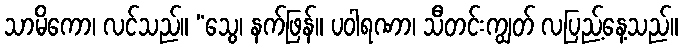
သာမိကော၊ လင်သည်။ “သွေ၊ နက်ဖြန်။ ပဝါရဏာ၊ သီတင်းကျွတ် လပြည့်နေ့သည်။